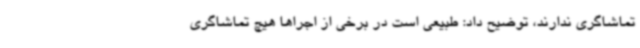
تماشاگری ندارند، توضیح داد: طبیعی است در برخی از اجراها هیچ تماشاگری